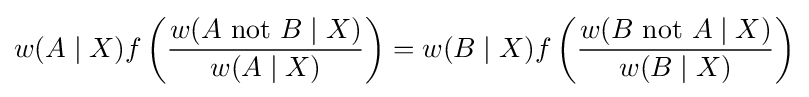
w(A\mid X)f\left({w(A{\text{ not }}B\mid X) \over w(A\mid X)}\right)=w(B\mid X)f\left({w(B{\text{ not }}A\mid X) \over w(B\mid X)}\right)